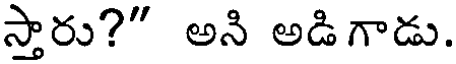
స్తారు?" అని అడిగాడు.